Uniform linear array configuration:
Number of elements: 12
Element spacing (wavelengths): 0.25
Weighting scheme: kaiser
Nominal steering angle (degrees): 45
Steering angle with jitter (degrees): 46.189
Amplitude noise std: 0.05
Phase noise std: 0.05

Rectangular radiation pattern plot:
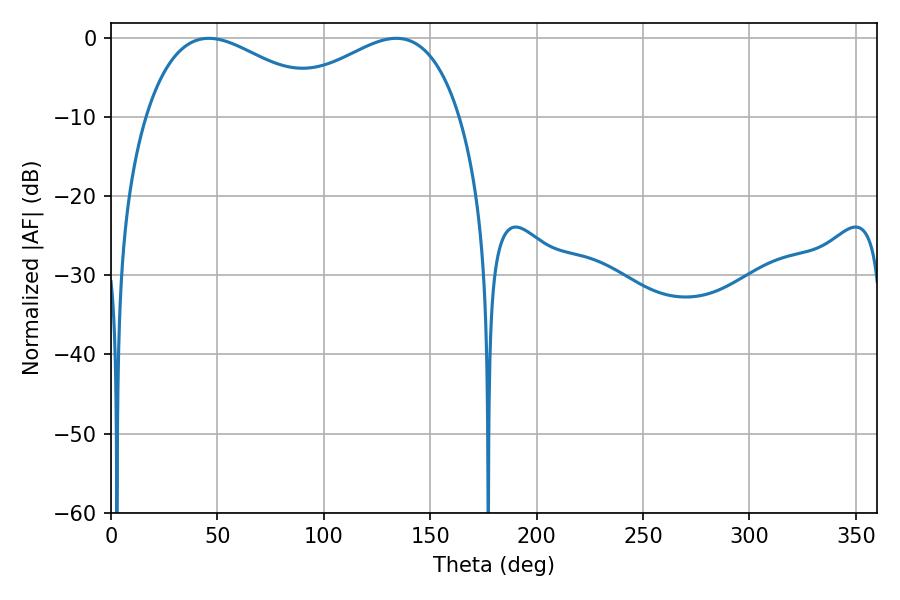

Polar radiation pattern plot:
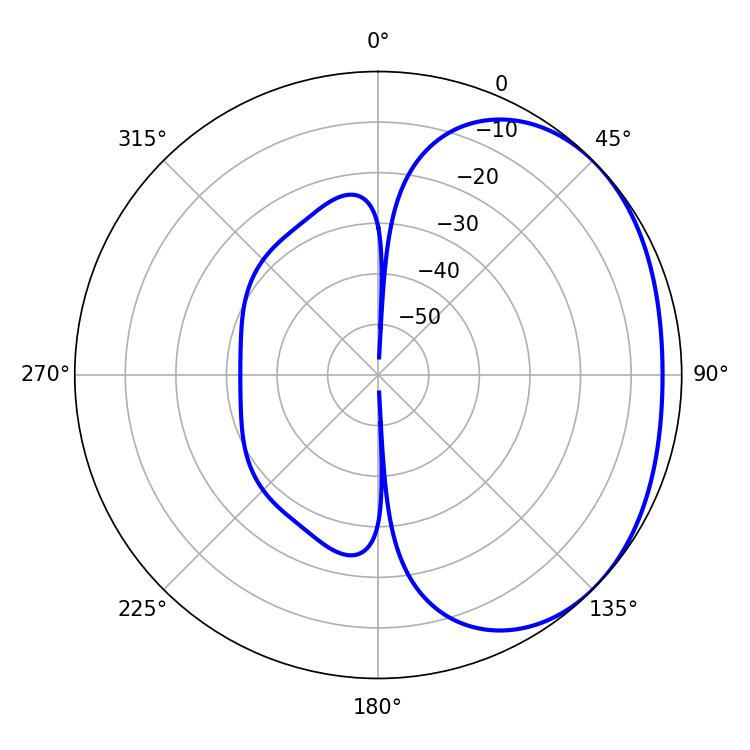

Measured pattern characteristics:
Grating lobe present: FALSE
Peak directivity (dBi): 2.006
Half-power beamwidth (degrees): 47.88
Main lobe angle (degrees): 45.9